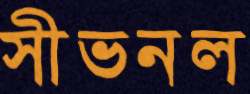
সীভনল